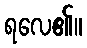
ရလေ၏။